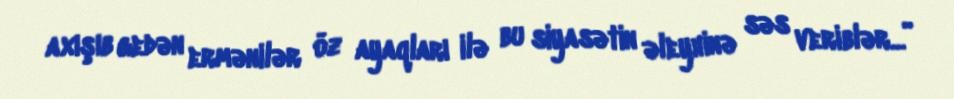
axışıb gedən ermənilər öz ayaqları ilə bu siyasətin əleyhinə səs veriblər...”